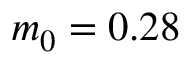
m _ { 0 } = 0 . 2 8